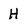
Character: H